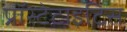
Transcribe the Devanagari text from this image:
प्रॉस्टेटाइटिस